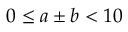
0 \leq a \pm b < 1 0